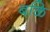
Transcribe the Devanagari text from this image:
बळि